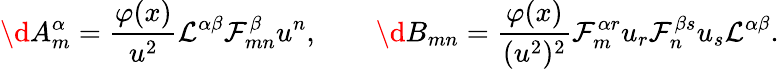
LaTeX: \d A_{m}^{\alpha}={\frac{\varphi(x)}{u^{2}}}{\cal L}^{\alpha\beta}{\cal F}_{mn}^{\beta}u^{n},\qquad\d B_{mn}={\frac{\varphi(x)}{(u^{2})^{2}}}{\cal F}_{m}^{\alpha r}u_{r}{\cal F}_{n}^{\beta s}u_{s}{\cal L}^{\alpha\beta}.